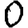
Digit: 0